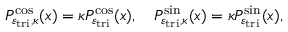
P _ { \varepsilon _ { \mathrm { t r i } } , \kappa } ^ { \cos } ( x ) = \kappa P _ { \varepsilon _ { \mathrm { t r i } } } ^ { \cos } ( x ) , \quad P _ { \varepsilon _ { \mathrm { t r i } } , \kappa } ^ { \sin } ( x ) = \kappa P _ { \varepsilon _ { \mathrm { t r i } } } ^ { \sin } ( x ) ,